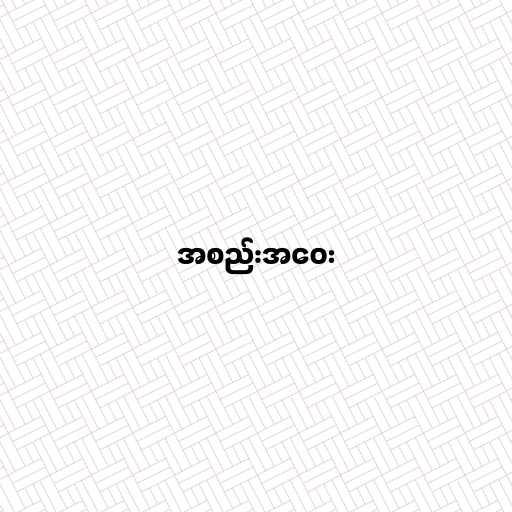
အစည်းအဝေး